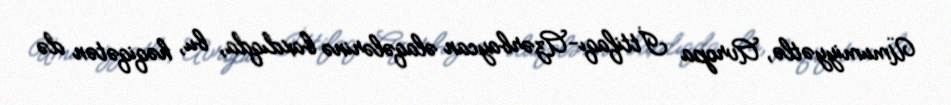
Ümumiyyətlə, Avropa İttifaqı-Azərbaycan əlaqələrinə baxdıqda, bu, həqiqətən də